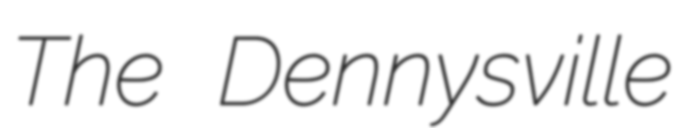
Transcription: The Dennysville